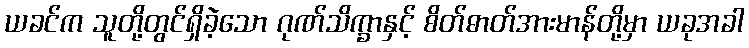
ယခင်က သူတို့တွင်ရှိခဲ့သော ဂုဏ်သိက္ခာနှင့် စိတ်ဓာတ်အားမာန်တို့မှာ ယခုအခါ